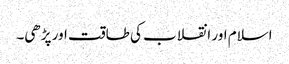
اسلام اور انقلاب کی طاقت اور پڑھی۔